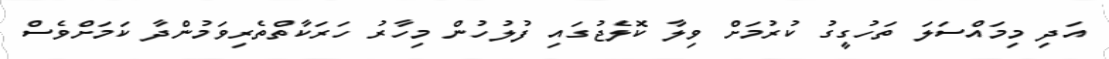
އަދި މިމައްސަލަ ތަހުގީގު ކުރުމަށް ވިލާ ކޮލެޖުގައި ފުލުހުން މިހާރު ހަރަކާތްތެރިވަމުންދާ ކަަމަށްވެސް